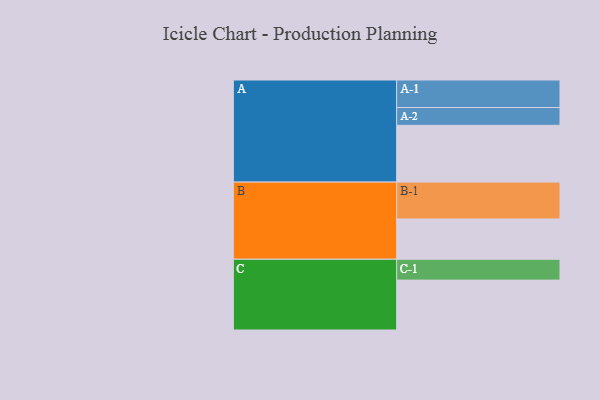
{"axis": {"x": "Segment", "y": "Value"}, "legend": ["", "A", "B", "C"], "data": [{"x": "A", "y": 460, "type": ""}, {"x": "B", "y": 326, "type": ""}, {"x": "C", "y": 404, "type": ""}, {"x": "A-1", "y": 223, "type": "A"}, {"x": "A-2", "y": 144, "type": "A"}, {"x": "B-1", "y": 299, "type": "B"}, {"x": "C-1", "y": 169, "type": "C"}]}